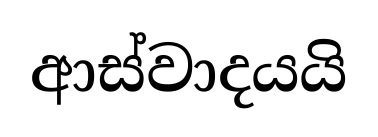
ආස්වාදයයි